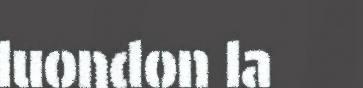
luondon la